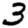
Digit: 3